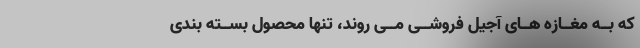
که بــه مغــازه هــاى آجیل فروشــى مــى روند، تنها محصول بســته بندى